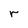
Character: r